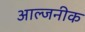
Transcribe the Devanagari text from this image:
आल्जनीक